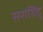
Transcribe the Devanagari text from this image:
सरोबिंदु